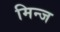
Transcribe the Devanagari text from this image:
मिन्ज